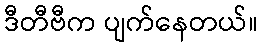
ဒီတီဗီက ပျက်နေတယ်။